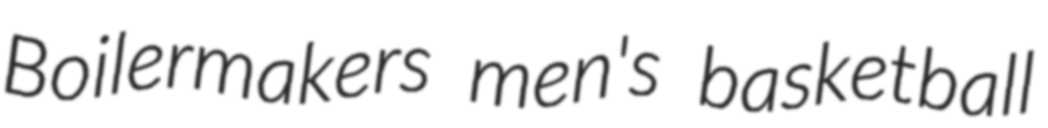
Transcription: Boilermakers men's basketball